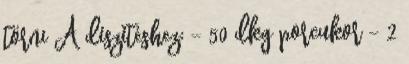
törni A díszítéshez: - 50 dkg porcukor - 2